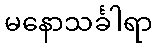
မနောသင်္ခါရာ